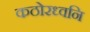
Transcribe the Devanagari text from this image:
कठोरध्वनि